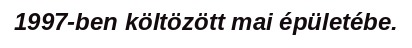
1997-ben költözött mai épületébe.